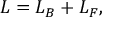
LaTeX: { \cal L } = { \cal L } _ { B } + { \cal L } _ { F } ,